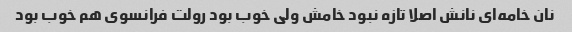
نان خامه‌ای نانش اصلا تازه نبود خامش ولی خوب بود رولت فرانسوی هم خوب بود